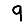
Digit: 9